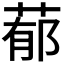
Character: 𦵁